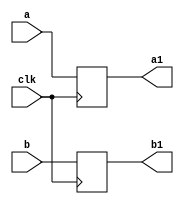
`timescale 1ns / 1ps
//////////////////////////////////////////////////////////////////////////////////
// Company: 
// Engineer: 
// 
// Design Name: 
// Module Name:    buf18 
// Project Name: 
// Target Devices: 
// Tool versions: 
// Description: 
//
// Dependencies: 
//
// Revision: 
// Revision 0.01 - File Created
// Additional Comments: 
//
//////////////////////////////////////////////////////////////////////////////////
module buf18(
    input [17:0] a,
    input [17:0] b,
    input clk,
    output reg [17:0] a1,
    output reg [17:0] b1
    );


always @(posedge clk) begin
a1<=a;
b1<=b;
end

endmodule